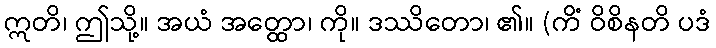
ဣတိ၊ ဤသို့။ အယံ အတ္ထော၊ ကို။ ဒဿိတော၊ ၏။ (ကိံ ဝိစိနတိ ပဒံ